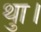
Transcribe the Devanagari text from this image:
थाु।